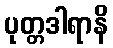
ပုတ္တဒါရာနိ